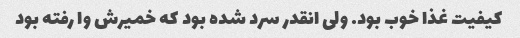
کیفیت غذا خوب بود. ولی انقدر سرد شده بود که خمیرش وا رفته بود